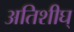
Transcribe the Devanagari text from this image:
अतिशीघ्